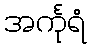
အင်္ကုရံ